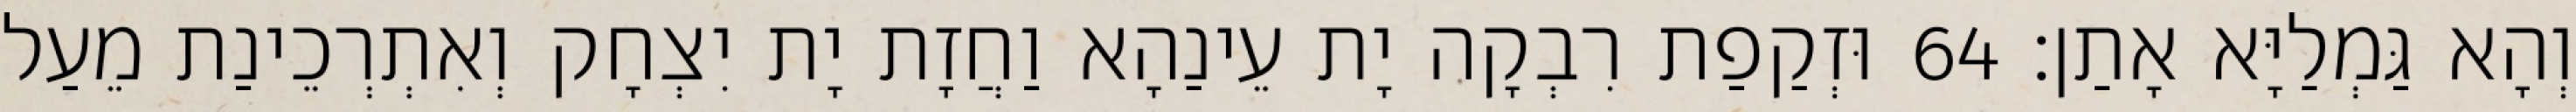
וְהָא גַּמְלַיָּא אָתַן׃ 64 וּזְקַפַת רִבְקָה יָת עֵינַהָא וַחֲזָת יָת יִצְחָק וְאִתְרְכֵינַת מֵעַל